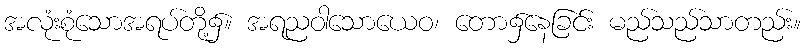
အလုံးစုံသောအရပ်တို့၌။ အရညဝါသောယေဝ၊ တော၌နေခြင်း မည်သည်သာတည်း။